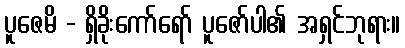
ပူဇေမိ - ရှိခိုးကော်ရော် ပူဇော်ပါ၏ အရှင်ဘုရား။